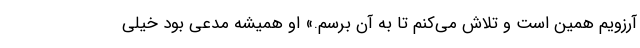
آرزویم همین است و تلاش می‌کنم تا به آن برسم.» او همیشه مدعی بود خیلی